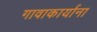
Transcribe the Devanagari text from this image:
गावाकार्याना